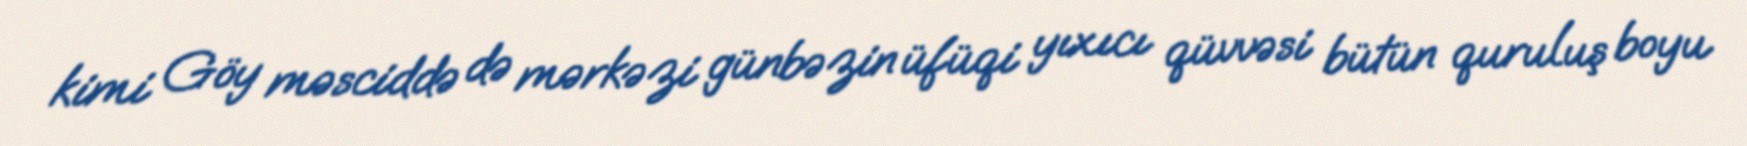
kimi Göy məsciddə də mərkəzi günbəzin üfüqi yıxıcı qüvvəsi bütün quruluş boyu